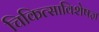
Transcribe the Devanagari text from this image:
चिकित्साविशेषज्ञ